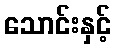
သောင်းနှင့်